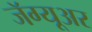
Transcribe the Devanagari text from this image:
जॅग्यूअर